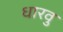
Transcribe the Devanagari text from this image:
धारवु